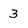
Character: 3